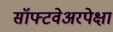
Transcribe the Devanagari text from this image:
सॉफ्टवेअरपेक्षा